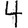
Digit: 4